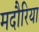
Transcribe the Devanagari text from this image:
मदौरिया